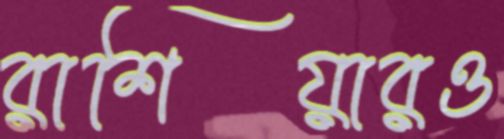
রাশিয়ারও